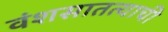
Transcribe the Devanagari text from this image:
वंशसातत्याची